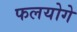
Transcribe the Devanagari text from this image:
फलयोगे